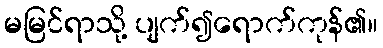
မမြင်ရာသို့ ပျက်၍ရောက်ကုန်၏။